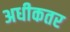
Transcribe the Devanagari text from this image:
अधीकतर